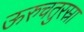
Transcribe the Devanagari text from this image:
ऊरुचतुरस्रा